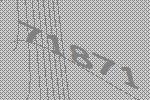
71871